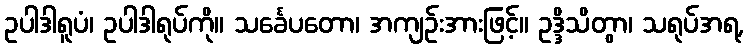
ဥပါဒါရူပံ၊ ဥပါဒါရုပ်ကို။ သင်္ခေပတော၊ အကျဉ်းအားဖြင့်။ ဥဒ္ဒိသိတွာ၊ သရုပ်အရ,